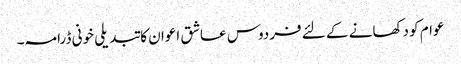
عوام کو دکھانے کے لئے فردوس عاشق اعوان کا تبدیلی خونی ڈرامہ۔